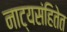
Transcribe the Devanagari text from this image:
नाट्यसंहितेत